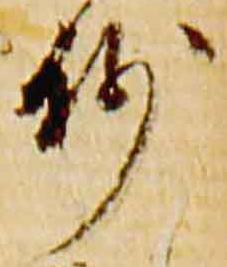
抄